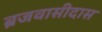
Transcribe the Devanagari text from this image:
ब्रजवासीदास